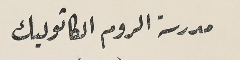
مدرسة الروم الكاتوليك